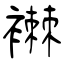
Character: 襋